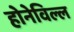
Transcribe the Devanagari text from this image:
होनेविल्ल